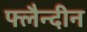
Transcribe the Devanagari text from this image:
फ्लैन्दीन